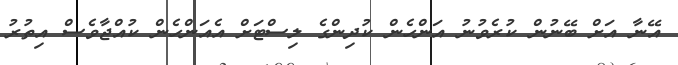
އޭނާ އަށް ބޭނުން ކުރެވުނު އަންހެން ކުދިންގެ ލިސްޓަށް އެއަންހެން ކުއްޖާވެސް އިތުރު